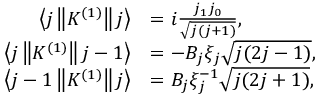
{ \begin{array} { r l } { \left\langle j \left\| K ^ { ( 1 ) } \right\| j \right\rangle } & { = i { \frac { j _ { 1 } j _ { 0 } } { \sqrt { j ( j + 1 ) } } } , } \\ { \left\langle j \left\| K ^ { ( 1 ) } \right\| j - 1 \right\rangle } & { = - B _ { j } \xi _ { j } { \sqrt { j ( 2 j - 1 ) } } , } \\ { \left\langle j - 1 \left\| K ^ { ( 1 ) } \right\| j \right\rangle } & { = B _ { j } \xi _ { j } ^ { - 1 } { \sqrt { j ( 2 j + 1 ) } } , } \end{array} }